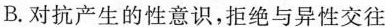
B.对抗产生的性意识，拒绝与异性交往